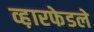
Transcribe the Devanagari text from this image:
व्ह़ारफेडले